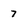
Character: 7